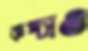
কপ্‌চাও